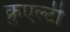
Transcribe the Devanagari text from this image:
क्रुएल्टी